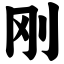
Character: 刚